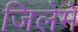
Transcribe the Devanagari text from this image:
जिलेमें